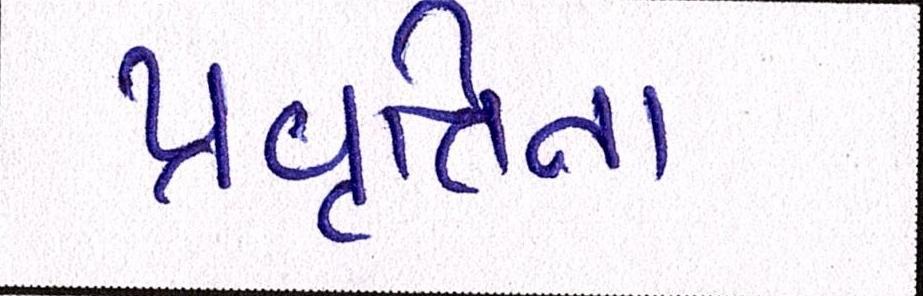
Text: પ્રવૃત્તિના